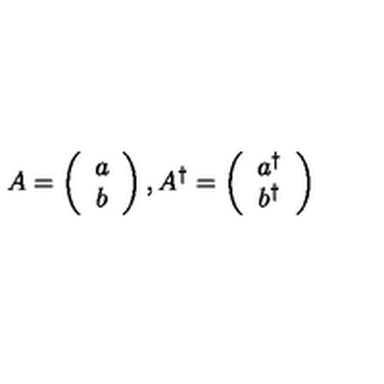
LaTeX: A = \left( \begin{array} { c } { a } \\ { b } \\ \end{array} \right) , A ^ { \dagger } = \left( \begin{array} { c } { a ^ { \dagger } } \\ { b ^ { \dagger } } \\ \end{array} \right)